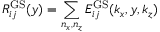
R _ { i j } ^ { \mathrm { G S } } ( y ) = \sum _ { n _ { x } , n _ { z } } E _ { i j } ^ { \mathrm { G S } } ( k _ { x } , y , k _ { z } )